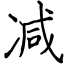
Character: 减